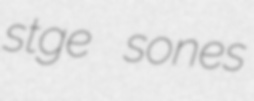
stge sones